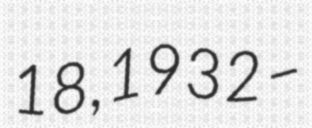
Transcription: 18, 1932 –